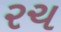
રચ